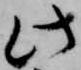
此